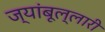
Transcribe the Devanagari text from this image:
ज्यांबूल्लारी